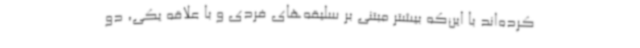
کرده‌اند با این‌که بیشتر مبتنی بر سلیقه‌های فردی و با علاقه یکی، دو